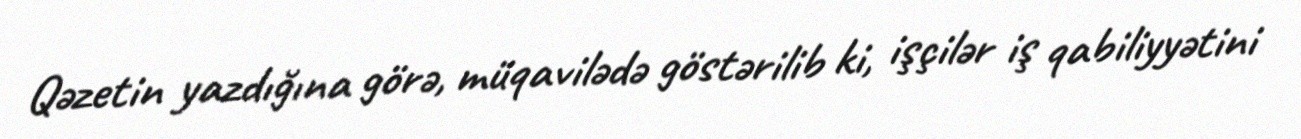
Qəzetin yazdığına görə, müqavilədə göstərilib ki, işçilər iş qabiliyyətini